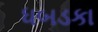
ધબડકા